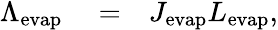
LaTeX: \begin{array}{rlr}{\Lambda_{\mathrm{evap}}}&{{}=}&{J_{\mathrm{evap}}L_{\mathrm{evap}},}\end{array}